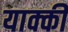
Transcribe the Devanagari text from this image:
याक्की